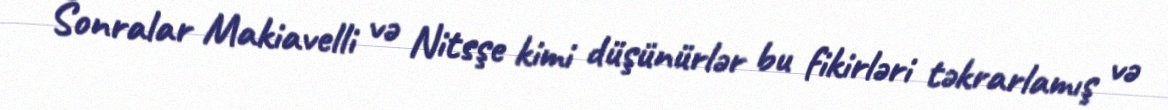
Sonralar Makiavelli və Nitsşe kimi düşünürlər bu fikirləri təkrarlamış və